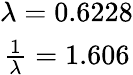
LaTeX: \begin{array}{c}{\lambda=0.6228}\\ {\frac{1}{\lambda}=1.606}\end{array}